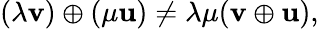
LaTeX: (\lambda\mathbf{v})\oplus(\mu\mathbf{u})\neq\lambda\mu(\mathbf{v}\oplus\mathbf{u}),